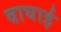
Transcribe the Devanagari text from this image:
वाघाई